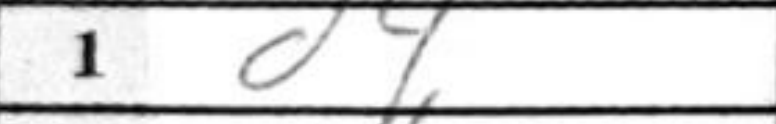
Transcription: d4